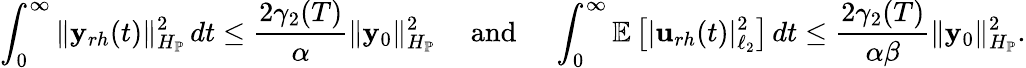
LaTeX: \int_{0}^{\infty}\| \mathbf{y}_{rh}(t)\| _{H_{\mathbb{{P}}}}^{2}\, dt\leq\frac{{2\gamma_{2}(T)}}{{\alpha}}\| \mathbf{y}_{0}\| _{H_{\mathbb{{P}}}}^{2}\quad\mathrm{{~and~}}\quad\int_{0}^{\infty}\mathbb{{E}}\left[|\mathbf{{u}}_{rh}(t)|_{\ell_{2}}^{2}\right]\, dt\leq\frac{{2\gamma_{2}(T)}}{{\alpha\beta}}\| \mathbf{y}_{0}\| _{H_{\mathbb{{P}}}}^{2}.